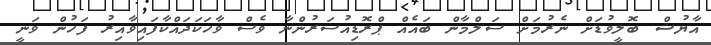
އާޔުޝް ބޮލީވުޑަށް ނެރުމަށް ސަލްމާން ބައެއް ޕްރޮޑިއުސަރުންނާ ވެސް ވާހަކަދައްކާފައިވާއިރު ފަހުން ވަނީ